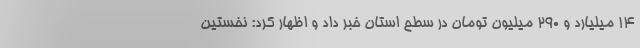
۱۴ میلیارد و ۲۹۰ میلیون تومان در سطح استان خبر داد و اظهار کرد: نخستین